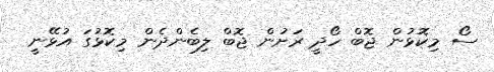
ސޯ މިކޮޅުން ޖޮބް ހޯދީ ރަށުން ޖޮބް ލިބެންދެން މިކޮޅުގަ އުޅޭނީ